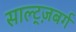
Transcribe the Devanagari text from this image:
साल्ट्ज़बर्ग